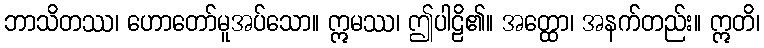
ဘာသိတဿ၊ ဟောတော်မူအပ်သော။ ဣမဿ၊ ဤပါဠိ၏။ အတ္ထော၊ အနက်တည်း။ ဣတိ၊